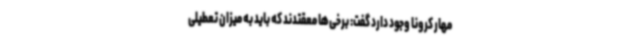
مهار کرونا وجود دارد گفت: برخی‌ها معقتدند که باید به میزان تعطیلی